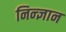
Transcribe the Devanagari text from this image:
निन्ज्ञान